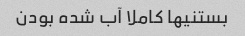
بستنیها کاملا آب شده بودن